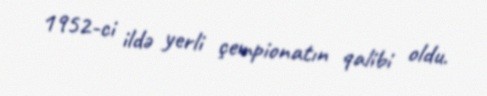
1952-ci ildə yerli çempionatın qalibi oldu.